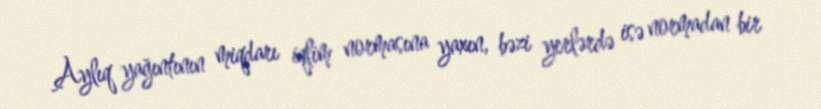
Aylıq yağıntının miqdarı iqlim normasına yaxın, bəzi yerlərdə isə normadan bir